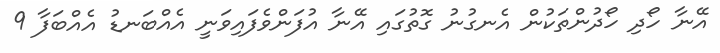
އޭނާ ހޯދި ހޯދުންތަކުން އެނގުނު ގޮތުގައި އޭނާ އުފަންވެފައިވަނީ އެއްބަނޑު އެއްބަފާ 9